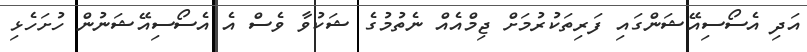
އަދި އެސޯސިއޭޝަންގައި ފަރިތަކުރުމަށް ޖިމްއެއް ނެތުމުގެ ޝަކުވާ ވެސް އެ އެސޯސިއޭޝަނުން ހުށަހެޅި